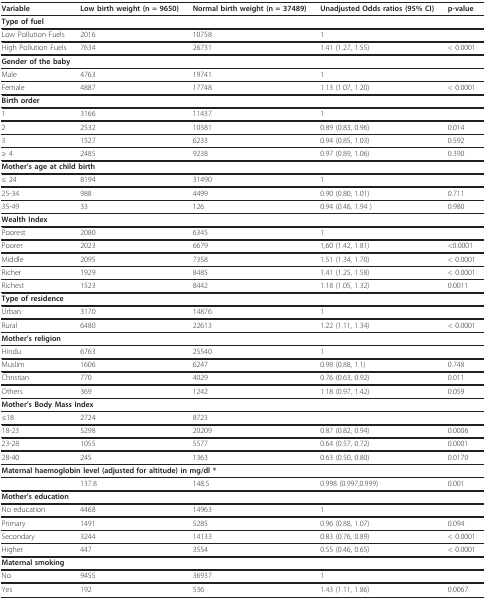
<table><thead><tr><td><b>Variable</b></td><td><b>Low birth weight (n = 9650)</b></td><td><b>Normal birth weight (n = 37489)</b></td><td><b>Unadjusted Odds ratios (95% CI)</b></td><td><b>p-value</b></td></tr></thead><tbody><tr><td colspan="5"><b>Type of fuel</b></td></tr><tr><td>Low Pollution Fuels</td><td>2016</td><td>10758</td><td>1</td><td></td></tr><tr><td>High Pollution Fuels</td><td>7634</td><td>26731</td><td>1.41 (1.27, 1.55)</td><td>&lt; 0.0001</td></tr><tr><td colspan="5"><b>Gender of the baby</b></td></tr><tr><td>Male</td><td>4763</td><td>19741</td><td>1</td><td></td></tr><tr><td>Female</td><td>4887</td><td>17748</td><td>1.13 (1.07, 1.20)</td><td>&lt; 0.0001</td></tr><tr><td colspan="5"><b>Birth order</b></td></tr><tr><td>1</td><td>3166</td><td>11437</td><td>1</td><td></td></tr><tr><td>2</td><td>2532</td><td>10581</td><td>0.89 (0.83, 0.96)</td><td>0.014</td></tr><tr><td>3</td><td>1527</td><td>6233</td><td>0.94 (0.85, 1.03)</td><td>0.592</td></tr><tr><td>≥ 4</td><td>2485</td><td>9238</td><td>0.97 (0.89, 1.06)</td><td>0.390</td></tr><tr><td colspan="5"><b>Mother&#x27;s age at child birth</b></td></tr><tr><td>≤ 24</td><td>8194</td><td>31490</td><td>1</td><td></td></tr><tr><td>25-34</td><td>988</td><td>4499</td><td>0.90 (0.80, 1.01)</td><td>0.711</td></tr><tr><td>35-49</td><td>33</td><td>126</td><td>0.94 (0.46, 1.94 )</td><td>0.980</td></tr><tr><td colspan="5"><b>Wealth Index</b></td></tr><tr><td>Poorest</td><td>2080</td><td>6345</td><td>1</td><td></td></tr><tr><td>Poorer</td><td>2023</td><td>6679</td><td>1,60 (1.42, 1.81)</td><td>&lt;0.0001</td></tr><tr><td>Middle</td><td>2095</td><td>7358</td><td>1.51 (1.34, 1.70)</td><td>&lt; 0.0001</td></tr><tr><td>Richer</td><td>1929</td><td>8485</td><td>1.41 (1.25, 1.58)</td><td>&lt; 0.0001</td></tr><tr><td>Richest</td><td>1523</td><td>8442</td><td>1.18 (1.05, 1.32)</td><td>0.0011</td></tr><tr><td colspan="5"><b>Type of residence</b></td></tr><tr><td>Urban</td><td>3170</td><td>14876</td><td>1</td><td></td></tr><tr><td>Rural</td><td>6480</td><td>22613</td><td>1.22 (1.11, 1.34)</td><td>&lt; 0.0001</td></tr><tr><td colspan="5"><b>Mother&#x27;s religion</b></td></tr><tr><td>Hindu</td><td>6763</td><td>25540</td><td>1</td><td></td></tr><tr><td>Muslim</td><td>1606</td><td>6247</td><td>0.98 (0.88, 1.1)</td><td>0.748</td></tr><tr><td>Christian</td><td>770</td><td>4029</td><td>0.76 (0.63, 0.92)</td><td>0.011</td></tr><tr><td>Others</td><td>369</td><td>1242</td><td>1.18 (0.97, 1.42)</td><td>0.059</td></tr><tr><td colspan="5"><b>Mother&#x27;s Body Mass Index</b></td></tr><tr><td>≤18</td><td>2724</td><td>8723</td><td></td><td></td></tr><tr><td>18-23</td><td>5298</td><td>20209</td><td>0.87 (0.82, 0.94)</td><td>0.0006</td></tr><tr><td>23-28</td><td>1055</td><td>5577</td><td>0.64 (0.57, 0.72)</td><td>0.0001</td></tr><tr><td>28-40</td><td>245</td><td>1363</td><td>0.63 (0.50, 0.80)</td><td>0.0170</td></tr><tr><td colspan="5"><b>Maternal haemoglobin level (adjusted for altitude) in mg/dl *</b></td></tr><tr><td></td><td>137.8</td><td>148.5</td><td>0.998 (0.997,0.999)</td><td>0.001</td></tr><tr><td colspan="5"><b>Mother&#x27;s education</b></td></tr><tr><td>No education</td><td>4468</td><td>14963</td><td>1</td><td></td></tr><tr><td>Primary</td><td>1491</td><td>5285</td><td>0.96 (0.88, 1.07)</td><td>0.094</td></tr><tr><td>Secondary</td><td>3244</td><td>14133</td><td>0.83 (0.76, 0.89)</td><td>&lt; 0.0001</td></tr><tr><td>Higher</td><td>447</td><td>3554</td><td>0.55 (0.46, 0.65)</td><td>&lt; 0.0001</td></tr><tr><td colspan="5"><b>Maternal smoking</b></td></tr><tr><td>No</td><td>9455</td><td>36937</td><td>1</td><td></td></tr><tr><td>Yes</td><td>192</td><td>536</td><td>1.43 (1.11, 1.86)</td><td>0.0067</td></tr></tbody></table>